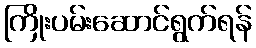
ကြိုးပမ်းဆောင်ရွက်ရန်